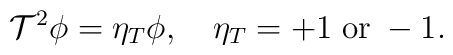
{\cal T}^2 \phi=\eta_T \phi,\quad \eta_T= +1\;{\rm or}\;-1.